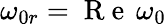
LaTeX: \omega_{0r}=\mathrm{~R~e~}\, \omega_{0}